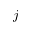
j